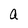
Character: a